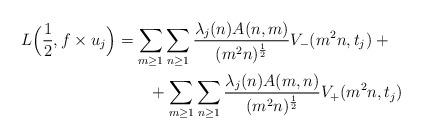
LaTeX: \begin{align*} L\Bigl( \frac{1}{2}, f \times u_j\Bigr ) &= \sum_{m \geq 1} \sum_{n \geq 1} \frac{\lambda_j(n) A(n, m)}{(m^2 n)^{\frac{1}{2}}} V_-(m^2 n, t_j) + {} \\&\qquad{} + \sum_{m \geq 1} \sum_{n \geq 1} \frac{\lambda_j(n) A(m, n)}{(m^2 n)^{\frac{1}{2}}} V_+(m^2 n, t_j)\end{align*}